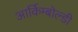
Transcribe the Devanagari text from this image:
आर्किम्बोल्डी